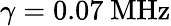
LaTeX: \gamma=0.07~\mathrm{MHz}